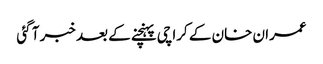
عمران خان کے کراچی پہنچنے کے بعد خبر آ گئی